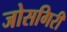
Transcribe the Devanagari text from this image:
जोसगिरी